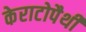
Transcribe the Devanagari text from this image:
केराटोपैथी